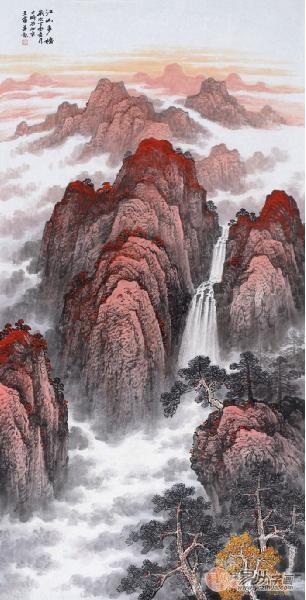
飞锡离乡久，宁亲喜腊初。